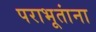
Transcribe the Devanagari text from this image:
पराभूतांना